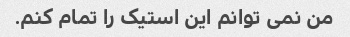
من نمی توانم این استیک را تمام کنم.